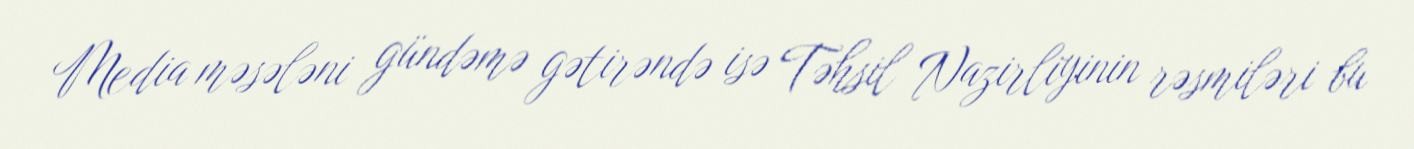
Media məsələni gündəmə gətirəndə isə Təhsil Nazirliyinin rəsmiləri bu